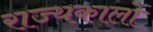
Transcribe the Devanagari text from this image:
राज्यकालों